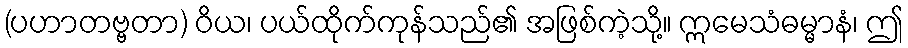
(ပဟာတဗ္ဗတာ) ဝိယ၊ ပယ်ထိုက်ကုန်သည်၏ အဖြစ်ကဲ့သို့။ ဣမေသံဓမ္မာနံ၊ ဤ